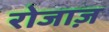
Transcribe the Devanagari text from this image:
रोजाज़